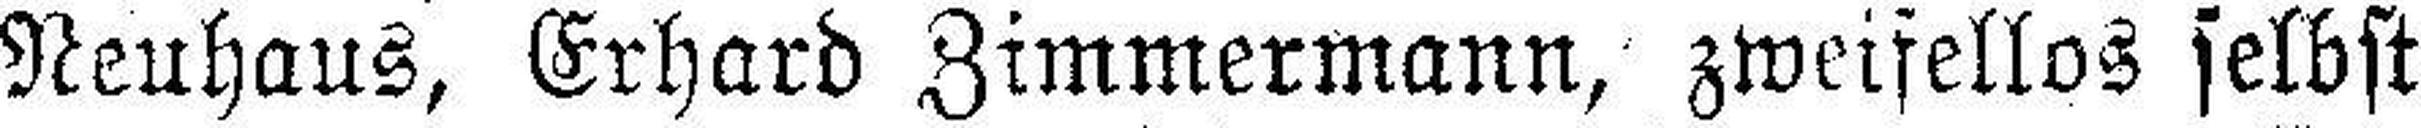
Neuhaus, Erhard Zimmermann, zweifellos selbst